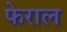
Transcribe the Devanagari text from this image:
फेराल